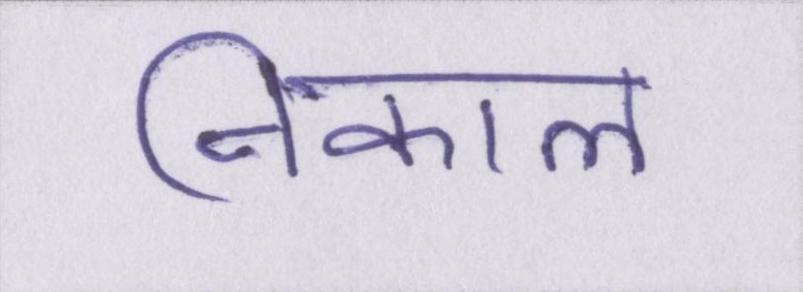
निकाल